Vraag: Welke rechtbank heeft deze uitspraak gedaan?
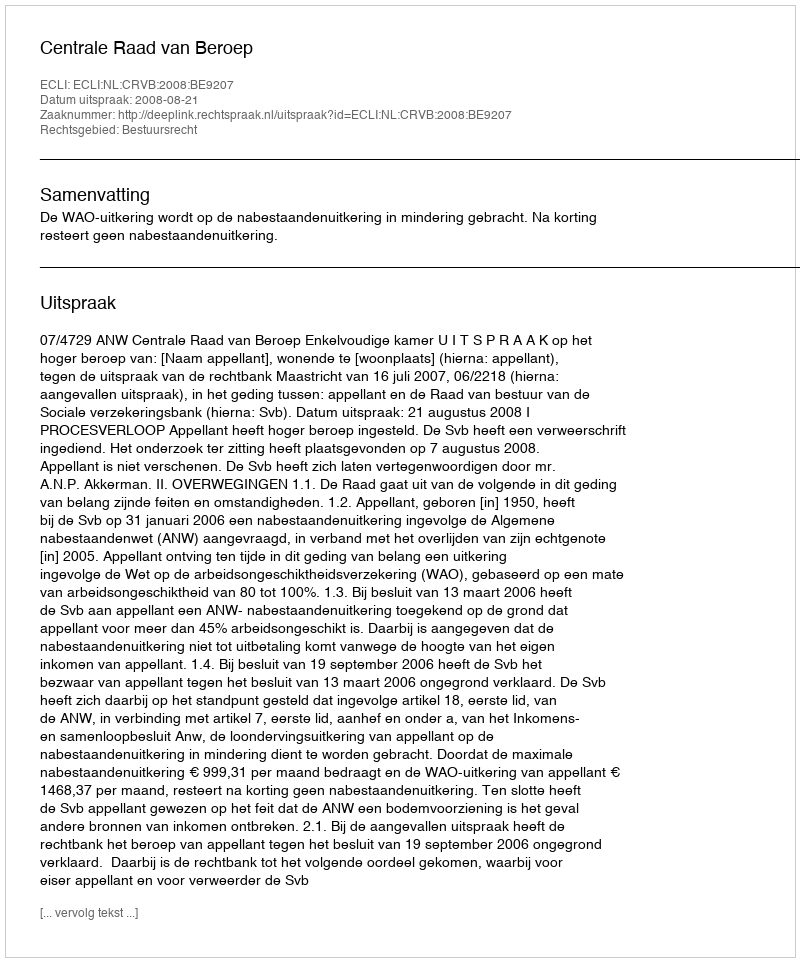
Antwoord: Centrale Raad van Beroep